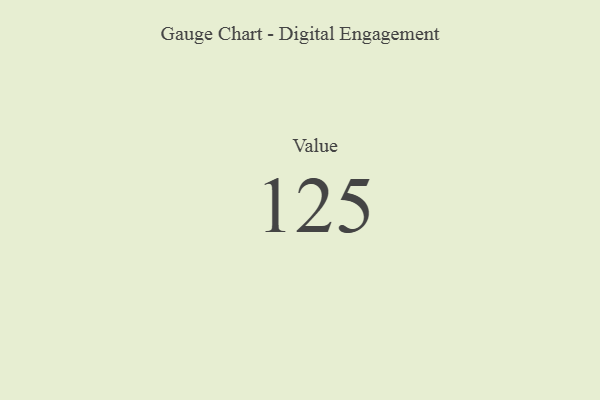
{"axis": {"x": "Metric", "y": "Value"}, "legend": [""], "data": [{"x": "Value", "y": 125, "type": ""}]}